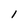
Character: 1